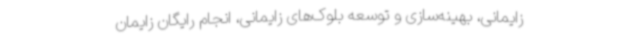
زایمانی، بهینه‌سازی و توسعه بلوک‌های زایمانی، انجام رایگان زایمان